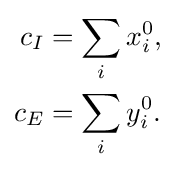
{\begin{aligned}c_{I}&=\sum _{i}x_{i}^{0},\\c_{E}&=\sum _{i}y_{i}^{0}.\end{aligned}}